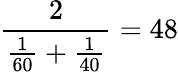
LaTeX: {\frac{2}{{\frac{1}{60}}+{\frac{1}{40}}}}=48